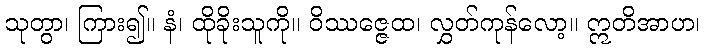
သုတွာ၊ ကြား၍။ နံ၊ ထိုခိုးသူကို။ ဝိဿဇ္ဇေထ၊ လွှတ်ကုန်လော့။ ဣတိအာဟ၊